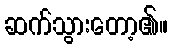
ဆက်သွားတော့၏။